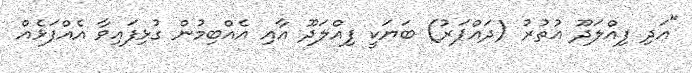
"އަދި ފިއްލަދޫ އުތުރު (ދައްޕަރު) ބަޔަކީ ފިއްލަދޫ އާއި އެއްބިމުން ގުޅިފައިވާ އެއްފަޅެއް